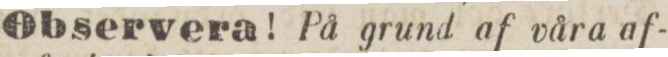
Observera! På grund af våra af-